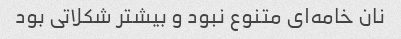
نان خامه‌ای متنوع نبود و بیشتر شکلاتی بود